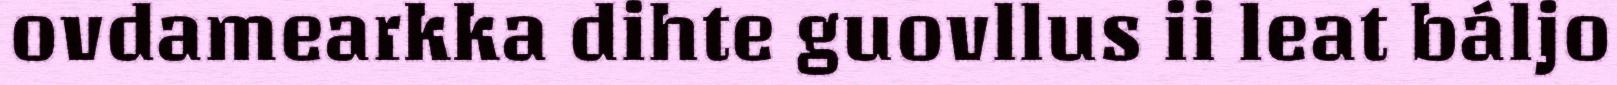
ovdamearkka dihte guovllus ii leat báljo